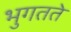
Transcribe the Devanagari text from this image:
भुगतते